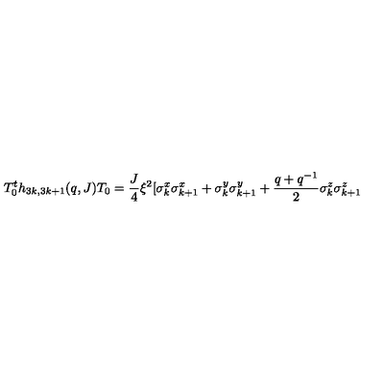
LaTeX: T _ { 0 } ^ { t } h _ { 3 k , 3 k + 1 } ( q , J ) T _ { 0 } = \frac { J } { 4 } \xi ^ { 2 } [ \sigma _ { k } ^ { x } \sigma _ { k + 1 } ^ { x } + \sigma _ { k } ^ { y } \sigma _ { k + 1 } ^ { y } + \frac { q + q ^ { - 1 } } { 2 } \sigma _ { k } ^ { z } \sigma _ { k + 1 } ^ { z }